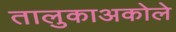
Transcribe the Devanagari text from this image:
तालुकाअकोले